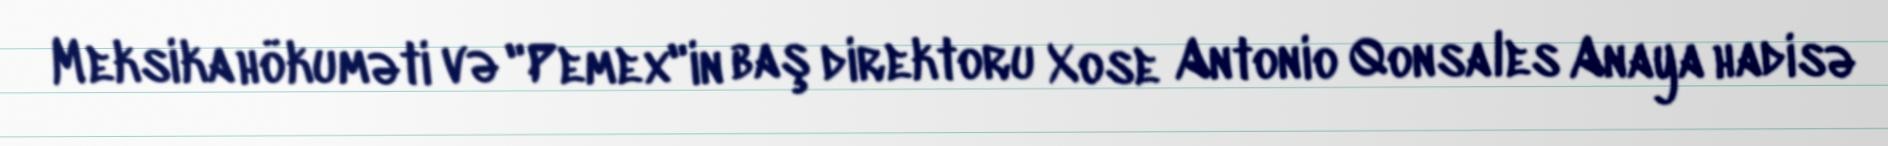
Meksika hökuməti və "Pemex"in baş direktoru Xose Antonio Qonsales Anaya hadisə